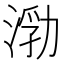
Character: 𰜙